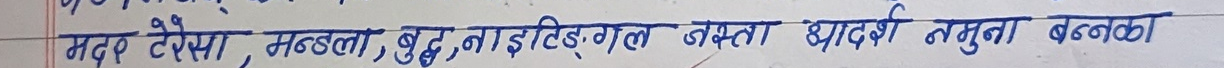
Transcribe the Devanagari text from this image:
मदर टेरेसा, मण्डेला, बुध्द, नाईटिङ्गल जस्ता आदर्श नमुना बन्नका